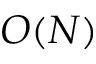
O ( N )